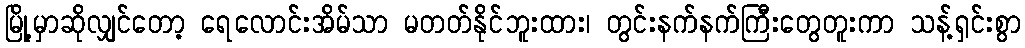
မြို့မှာဆိုလျှင်တော့ ရေလောင်းအိမ်သာ မတတ်နိုင်ဘူးထား၊ တွင်းနက်နက်ကြီးတွေတူးကာ သန့်ရှင်းစွာ